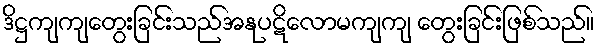
ဒိဋ္ဌကျကျတွေးခြင်းသည်အနုပဋိလောမကျကျ တွေးခြင်းဖြစ်သည်။